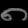
Digit: ၈